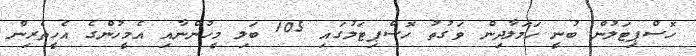
ހޮސްޕިޓަލުން ބުނީ ހަމަލާދިން ވަގުތު ހޮސްޕިޓަލުގައި 105 ބަލި މީހުންނާއި އެމީހުންގެ އެހީތެރިން